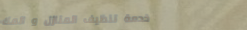
خدمة تنظيف المنازل و المك